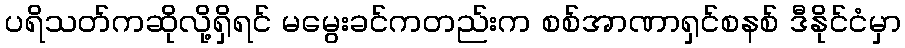
ပရိသတ်ကဆိုလို့ရှိရင် မမွေးခင်ကတည်းက စစ်အာဏာရှင်စနစ် ဒီနိုင်ငံမှာ